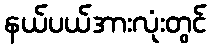
နယ်ပယ်အားလုံးတွင်